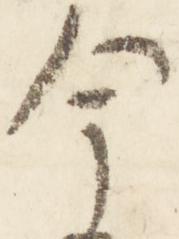
今